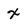
Character: x